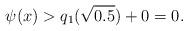
LaTeX: \begin{align*}\psi(x) > q_1(\sqrt{0.5})+0 = 0.\end{align*}